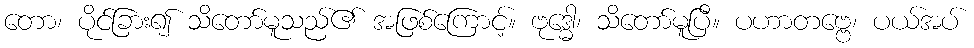
တော၊ ပိုင်ခြား၍ သိတော်မူသည်၏ အဖြစ်ကြောင့်။ ဗုဒ္ဓေါ၊ သိတော်မူပြီ။ ပဟာတဗ္ဗေ၊ ပယ်အပ်